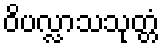
ဝိပလ္လာသသုတ္တံ